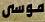
موسى